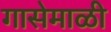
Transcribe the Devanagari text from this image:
गासेमाळी